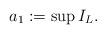
LaTeX: \begin{align*}a_1:=\sup I_L.\end{align*}